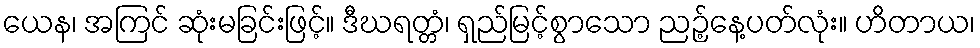
ယေန၊ အကြင် ဆုံးမခြင်းဖြင့်။ ဒီဃရတ္တံ၊ ရှည်မြင့်စွာသော ညဉ့်နေ့ပတ်လုံး။ ဟိတာယ၊